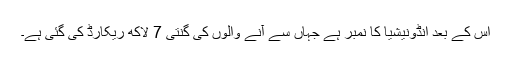
اس کے بعد انڈونیشیا کا نمبر ہے جہاں سے آنے والوں کی گنتی 7 لاکھ ریکارڈ کی گئی ہے۔